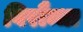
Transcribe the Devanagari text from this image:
विरौन्धा